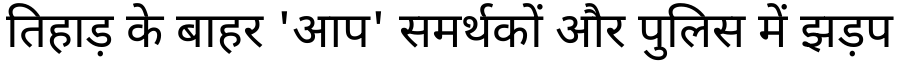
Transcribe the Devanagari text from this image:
तिहाड़ के बाहर 'आप' समर्थकों और पुलिस में झड़प